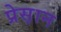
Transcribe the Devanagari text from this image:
प्रेस़ान